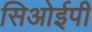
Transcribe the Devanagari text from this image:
सिओईपी